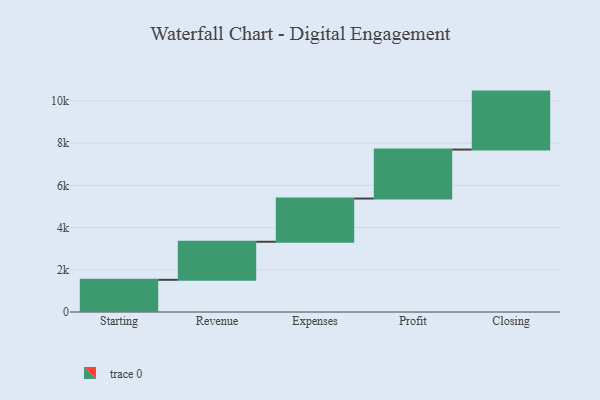
{"axis": {"x": "Step", "y": "Value"}, "legend": [""], "data": [{"x": "Starting", "y": 1525.0, "type": ""}, {"x": "Revenue", "y": 1802.0, "type": ""}, {"x": "Expenses", "y": 2047.0, "type": ""}, {"x": "Profit", "y": 2321.0, "type": ""}, {"x": "Closing", "y": 2745.0, "type": ""}]}